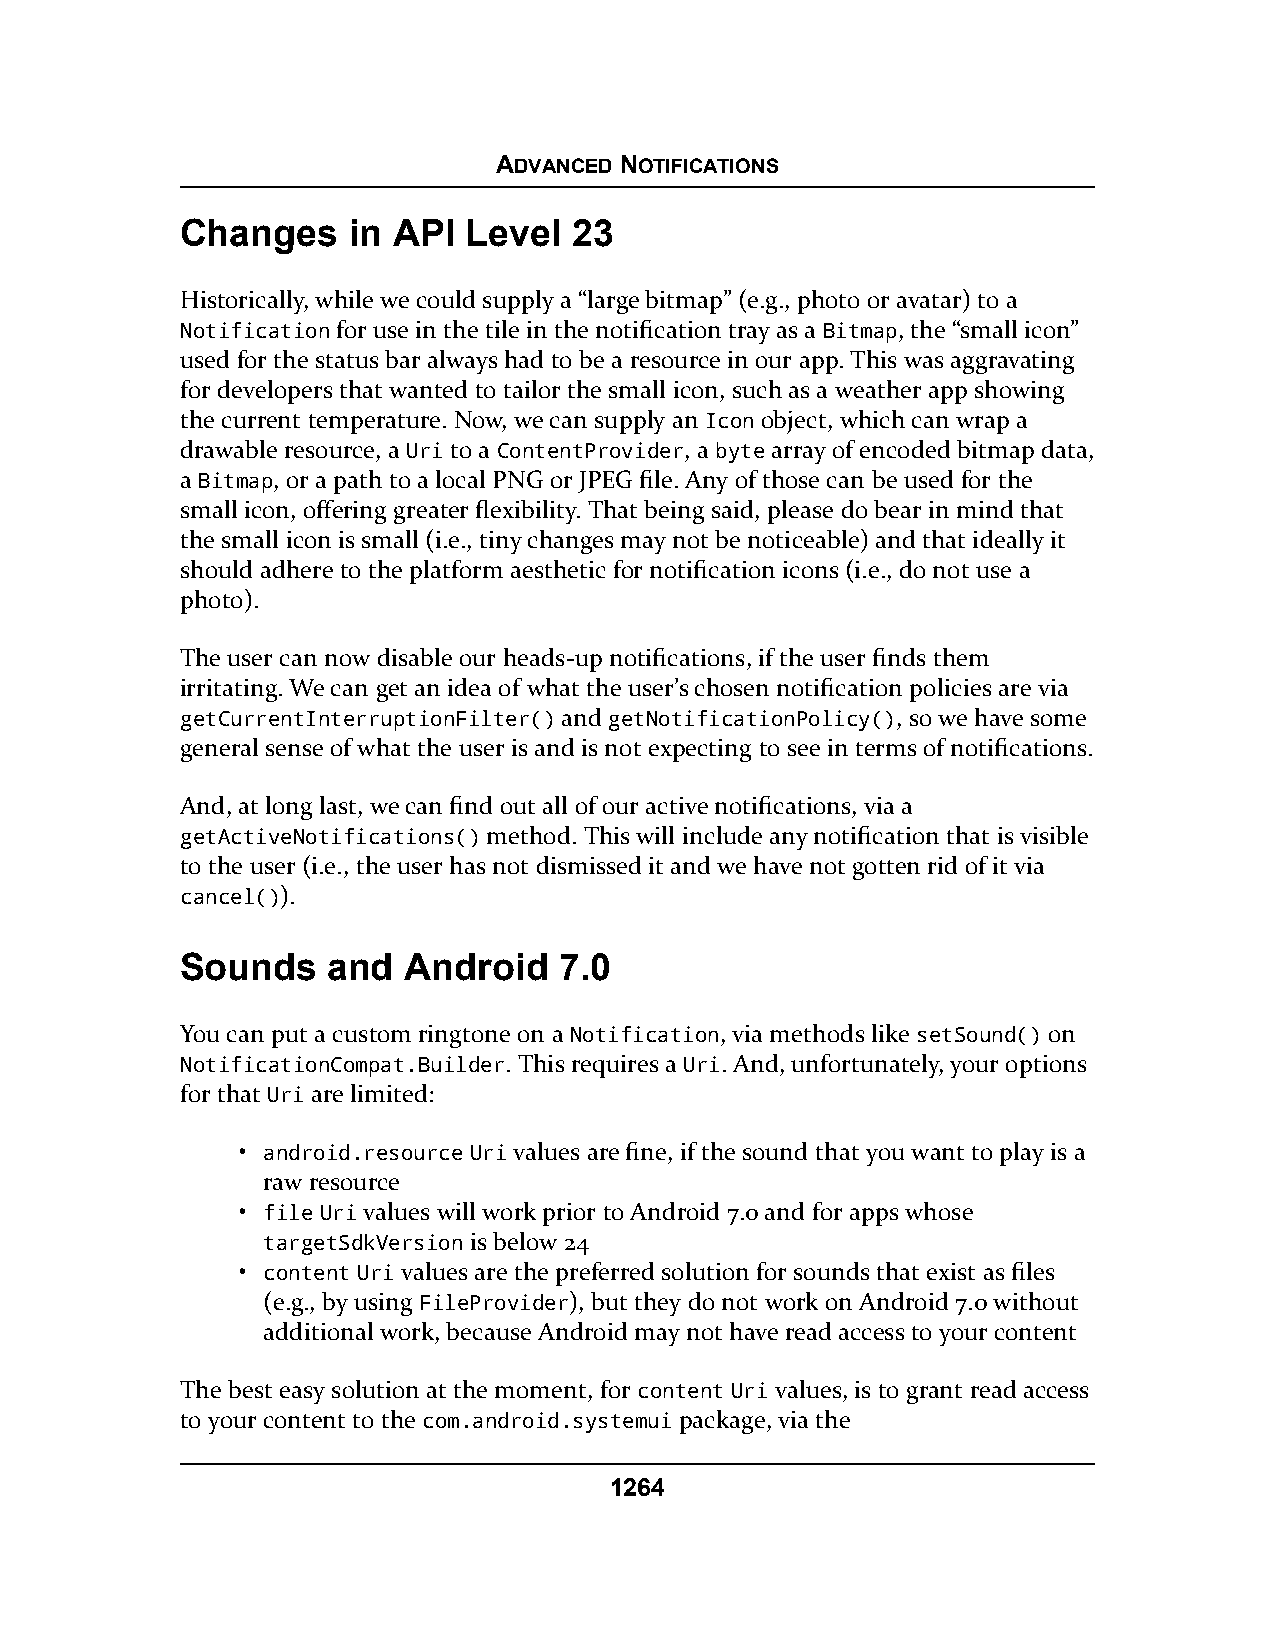
ADVANCED NOTIFICATIONS
 Changes    in API  Level  23
 Historically, while we could supply a “large bitmap” (e.g., photo or avatar) to a
 Notification for use in the tile in the notification tray as a Bitmap, the “small icon”
 used for the status bar always had to be a resource in our app. This was aggravating
 for developers that wanted to tailor the small icon, such as a weather app showing
 the current temperature. Now, we can supply an Icon object, which can wrap a
 drawable resource, a Uri to a ContentProvider, a byte array of encoded bitmap data,
 a Bitmap, or a path to a local PNG or JPEG file. Any of those can be used for the
 small icon, offering greater flexibility. That being said, please do bear in mind that
 the small icon is small (i.e., tiny changes may not be noticeable) and that ideally it
 should adhere to the platform aesthetic for notification icons (i.e., do not use a
 photo).
 The user can now disable our heads-up notifications, if the user finds them
 irritating. We can get an idea of what the user’s chosen notification policies are via
 getCurrentInterruptionFilter() and getNotificationPolicy(), so we have some
 general sense of what the user is and is not expecting to see in terms of notifications.
 And, at long last, we can find out all of our active notifications, via a
 getActiveNotifications() method. This will include any notification that is visible
 to the user (i.e., the user has not dismissed it and we have not gotten rid of it via
 cancel()).
 Sounds    and  Android   7.0
 You can put a custom ringtone on a Notification, via methods like setSound() on
 NotificationCompat.Builder. This requires a Uri. And, unfortunately, your options
 for that Uri are limited:
 • android.resource Uri values are fine, if the sound that you want to play is a
 raw resource
 • file Uri values will work prior to Android 7.0 and for apps whose
 targetSdkVersion is below 24
 • content Uri values are the preferred solution for sounds that exist as files
 (e.g., by using FileProvider), but they do not work on Android 7.0 without
 additional work, because Android may not have read access to your content
 The best easy solution at the moment, for content Uri values, is to grant read access
 to your content to the com.android.systemui package, via the
 1264